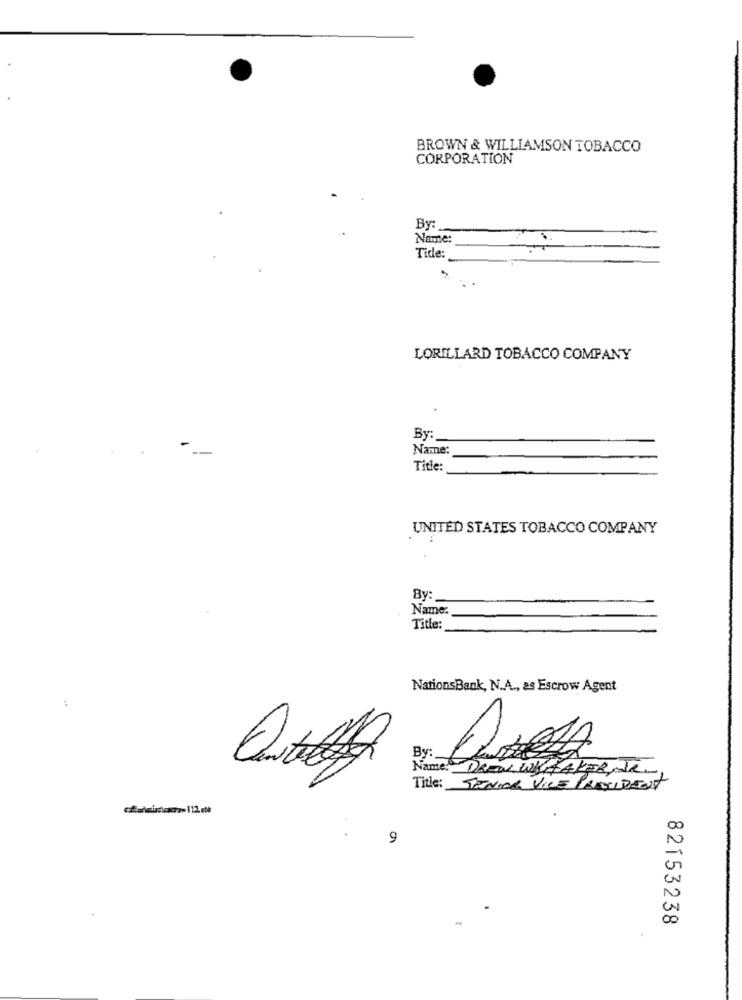
BROWN & WILLIAMSON TOBACCO
CORPORATION
By:
Name:
Tide:
LORILLARD TOBACCO COMPANY
By:
Name:
Title:
UNITED STATES TOBACCO COMPANY
By:
Name:
Title:
NationsBank, N.A ., as Escrow Agent
By:
Name: DREW WHAAKERNJe,
Title: SENIOR VICE PRESIDENT
.
9
82153238